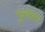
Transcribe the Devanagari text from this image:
भुत्यापन